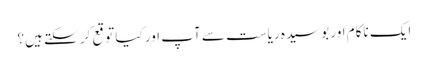
ایک ناکام اور بوسیدہ ریاست سے آپ اور کیا توقع کر سکتے ہیں؟